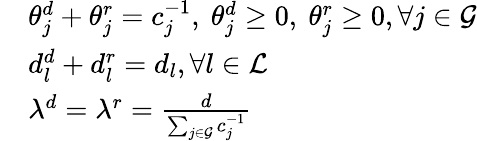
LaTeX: \begin{array}{rl}&{{\theta}_{j}^{d}+{\theta}_{j}^{r}=c_{j}^{-1},\ {\theta}_{j}^{d}\ge 0,\ {\theta}_{j}^{r}\ge 0,\forall j\in\mathcal{G}}\\ &{d_{l}^{d}+d_{l}^{r}=d_{l},\forall l\in\mathcal{L}}\\ &{\lambda^{d}=\lambda^{r}=\frac{d}{\sum_{j\in\mathcal{G}}c_{j}^{-1}}}\end{array}